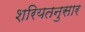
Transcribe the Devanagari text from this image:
शरियतनुसार